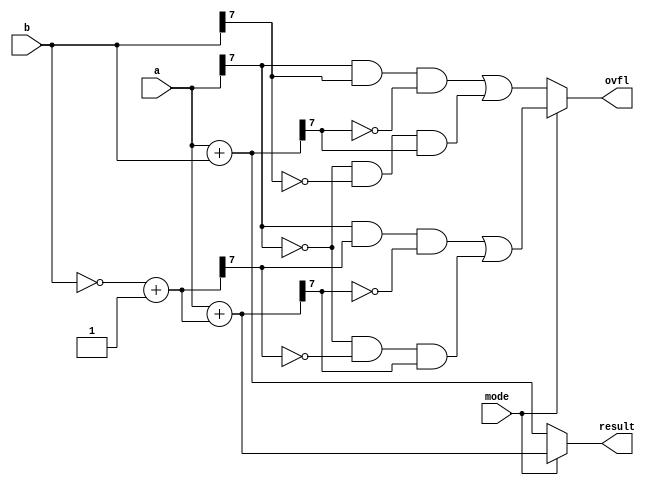
`timescale 1ns / 1ps
//////////////////////////////////////////////////////////////////////////////////
// Company: 
// Engineer: 
// 
// Design Name: 
// Module Name: ADD_SUB
// Project Name: 
// Target Devices: 
// Tool Versions: 
// Description: 
// 
// Dependencies: 
// 
// Revision:
// Revision 0.01 - File Created
// Additional Comments:
// 
//////////////////////////////////////////////////////////////////////////////////


module adder_subtractor (a, b, mode, result, ovfl);
input [7:0] a, b; //define inputs and outputs
input mode;
output [7:0] result;
output ovfl;
//variables rslt and ovfl are left-hand side targets
//in the always block and are declared as type reg
reg [7:0] result;
reg ovfl;
wire [7:0] a, b; //since inputs default to wire
wire mode; //the type wire is not required
//neg_b = ~b + 1 specifies an internal register
reg [7:0] neg_b ;
always @ (a or b or mode)
begin
if (mode == 0) //add
begin
result = a + b;
ovfl =(a[7] & b[7] & ~result[7]) |
(~a[7] & ~b[7] & result[7]);
end
else //subtract
begin
neg_b=~b+1;
result = a + neg_b;
ovfl =(a[7] & neg_b[7] & ~result[7]) |
(~a[7] & ~neg_b[7] & result[7]);
end
end
endmodule